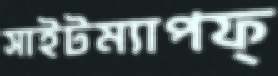
সাইটম্যাপফ্